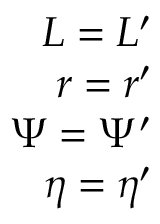
\begin{array} { r } { L = L ^ { \prime } } \\ { r = r ^ { \prime } } \\ { \Psi = \Psi ^ { \prime } } \\ { \eta = \eta ^ { \prime } } \end{array}